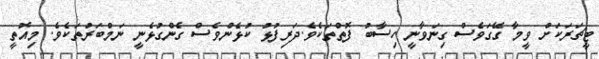
ޓީޗަރަކަށް ވީމާ ގޭގަވެސް ގިނަވާނީ ހިސާބު ފޮތްތަކެވެ.ދަރިފުޅު ކުޅެންވެސް ގެންގުޅެނީ ނަމްބަރުތަކެވެ. މިއޮތީ